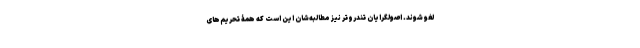
لغو شوند. اصولگرایان تندروتر نیز مطالبه‌شان این است که همۀ تحریم‌های